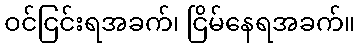
ဝင်ငြင်းရအခက်၊ ငြိမ်နေရအခက်။